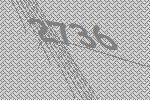
2736